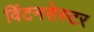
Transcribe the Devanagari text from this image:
विंटनसेस्टर